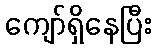
ကျော်ရှိနေပြီး